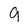
Character: 9